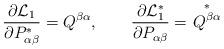
LaTeX: \begin{align*}\frac{\partial\mathcal{L}_{1}}{\partial P_{\alpha\beta}^{\ast}}=Q^{\beta\alpha},\qquad\frac{\partial\mathcal{L}_{1}^{\ast}}{\partial P_{\alpha\beta}}=\overset{\ast}{\left. Q^{\beta\alpha}\right. } \end{align*}